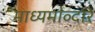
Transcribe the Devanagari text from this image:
माध्यमांव्दारे